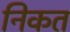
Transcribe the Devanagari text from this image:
निकत